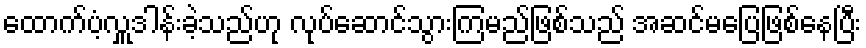
ထောက်ပံ့လှူဒါန်းခဲ့သည်ဟု လုပ်ဆောင်သွားကြမည်ဖြစ်သည် အဆင်မပြေဖြစ်နေပြီး